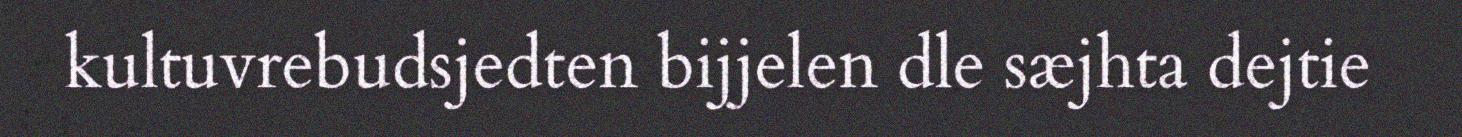
kultuvrebudsjedten bijjelen dle sæjhta dejtie